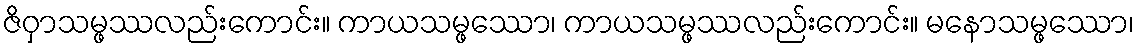
ဇိဝှာသမ္ဖဿလည်းကောင်း။ ကာယသမ္ဖဿော၊ ကာယသမ္ဖဿလည်းကောင်း။ မနောသမ္ဖဿော၊